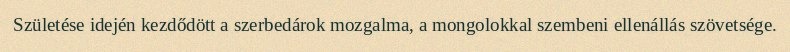
Születése idején kezdődött a szerbedárok mozgalma, a mongolokkal szembeni ellenállás szövetsége.